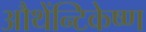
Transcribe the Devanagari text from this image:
औथेंन्टिकेष्ण